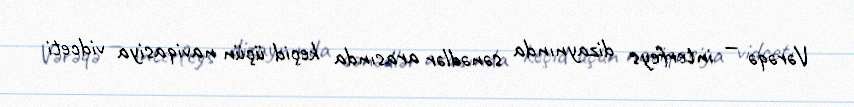
Vərəqə — interfeys dizaynında sənədlər arasında keçid üçün naviqasiya vidceti